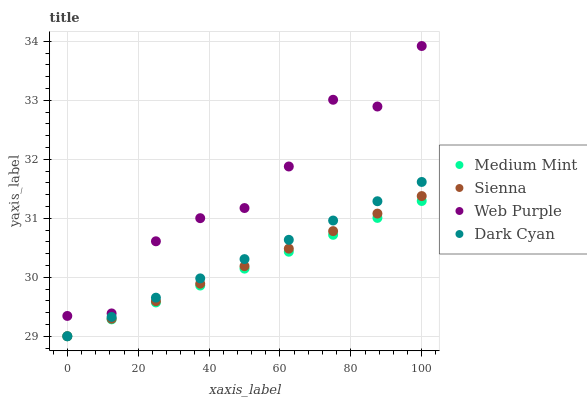
| xaxis_label | Medium Mint | Sienna | Web Purple | Dark Cyan |
 | --- | --- | --- | --- | --- |
 | 0 | 29 | 29 | 29.3 | 29 |
 | 12.5 | 29.3 | 29.3 | 29.4 | 29.3 |
 | 25 | 29.6 | 29.6 | 30.6 | 29.7 |
 | 37.5 | 29.9 | 29.9 | 31 | 30 |
 | 50 | 30.1 | 30.2 | 31.2 | 30.3 |
 | 62.5 | 30.4 | 30.5 | 31.9 | 30.6 |
 | 75 | 30.7 | 30.8 | 33 | 31 |
 | 87.5 | 31 | 31.1 | 32.9 | 31.3 |
 | 100 | 31.3 | 31.4 | 33.9 | 31.6 |